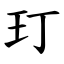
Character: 玎